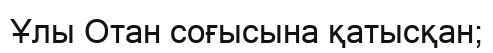
Ұлы Отан соғысына қатысқан;